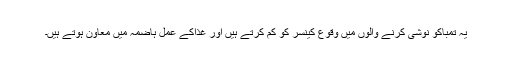
یہ تمباکو نوشی کرنے والوں میں وقوع کینسر کو کم کرتے ہیں اور غذاکے عمل ہاضمہ میں معاون ہوتے ہیں۔